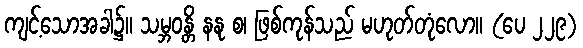
ကျင့်သောအခါ၌။ သမ္ဘဝန္တိ နနု စ၊ ဖြစ်ကုန်သည် မဟုတ်တုံလော။ (ပေ ၂၂၉)